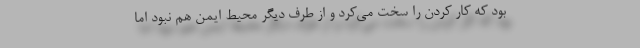
بود که کار کردن را سخت می‌کرد و از طرف دیگر محیط ایمن هم نبود اما